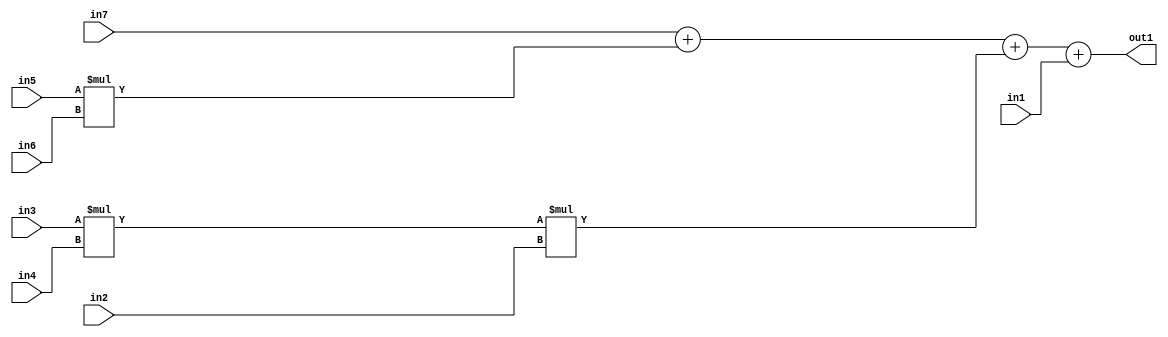
`timescale 1ps / 1ps
/*****************************************************************************
    Verilog RTL Description
    
    
    Created by: Stratus DpOpt 2019.1.01 
*******************************************************************************/

module st_feature_addr_gen_Add4u32Mul3u16u16u16Mul2u16u16u16_4 (
	in7,
	in6,
	in5,
	in4,
	in3,
	in2,
	in1,
	out1
	); /* architecture "behavioural" */ 
input [15:0] in7,
	in6,
	in5,
	in4,
	in3,
	in2;
input [31:0] in1;
output [31:0] out1;
wire [31:0] asc001,
	asc002;

assign asc002 = 
	+(in3 * in4);

wire [31:0] asc001_tmp_0;
wire [31:0] asc001_tmp_1;
wire [31:0] asc001_tmp_2;
assign asc001_tmp_2 = 
	+(in7);
assign asc001_tmp_1 = asc001_tmp_2
	+(in5 * in6);
assign asc001_tmp_0 = asc001_tmp_1
	+(asc002 * in2);
assign asc001 = asc001_tmp_0
	+(in1);

assign out1 = asc001;
endmodule

/* CADENCE  vrj2TwE= : u9/ySgnWtBlWxVPRXgAZ4Og= ** DO NOT EDIT THIS LINE ******/